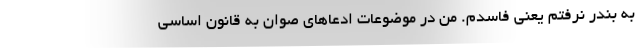
به بندر نرفتم یعنی فاسدم. من در موضوعات ادعاهای صوان به قانون اساسی